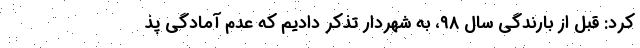
کرد: قبل از بارندگی سال ۹۸، به شهردار تذکر دادیم که عدم آمادگی پذ